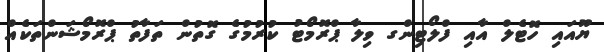
ޔޫއައި ހޮޓެލް އާއި ފްލޯޓިންގ ވިލާ ޕްރޮމޯޓު ކުރުމުގެ ގޮތުން ތަފާތު ޕްރޮމޯޝަންތަކެއް